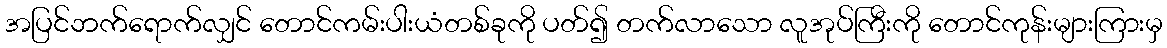
အပြင်ဘက်ရောက်လျှင် တောင်ကမ်းပါးယံတစ်ခုကို ပတ်၍ တက်လာသော လူအုပ်ကြီးကို တောင်ကုန်းများကြားမှ